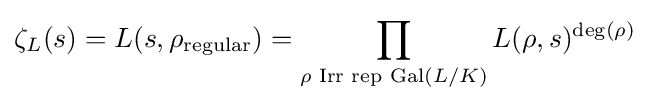
\zeta _{L}(s)=L(s,\rho _{\text{regular}})=\prod _{\rho {\text{ Irr rep }}{\text{Gal}}(L/K)}L(\rho ,s)^{\deg(\rho )}